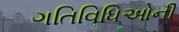
ગતિવિધિઓની